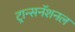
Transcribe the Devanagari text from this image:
ट्रान्सनॅशनल